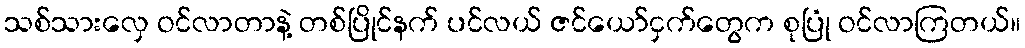
သစ်သားလှေ ဝင်လာတာနဲ့ တစ်ပြိုင်နက် ပင်လယ် ဇင်ယော်ငှက်တွေက စုပြုံ ဝင်လာကြတယ်။